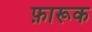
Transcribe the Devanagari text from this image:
फ़ारूक